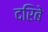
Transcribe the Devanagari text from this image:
दरिबे